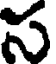
స